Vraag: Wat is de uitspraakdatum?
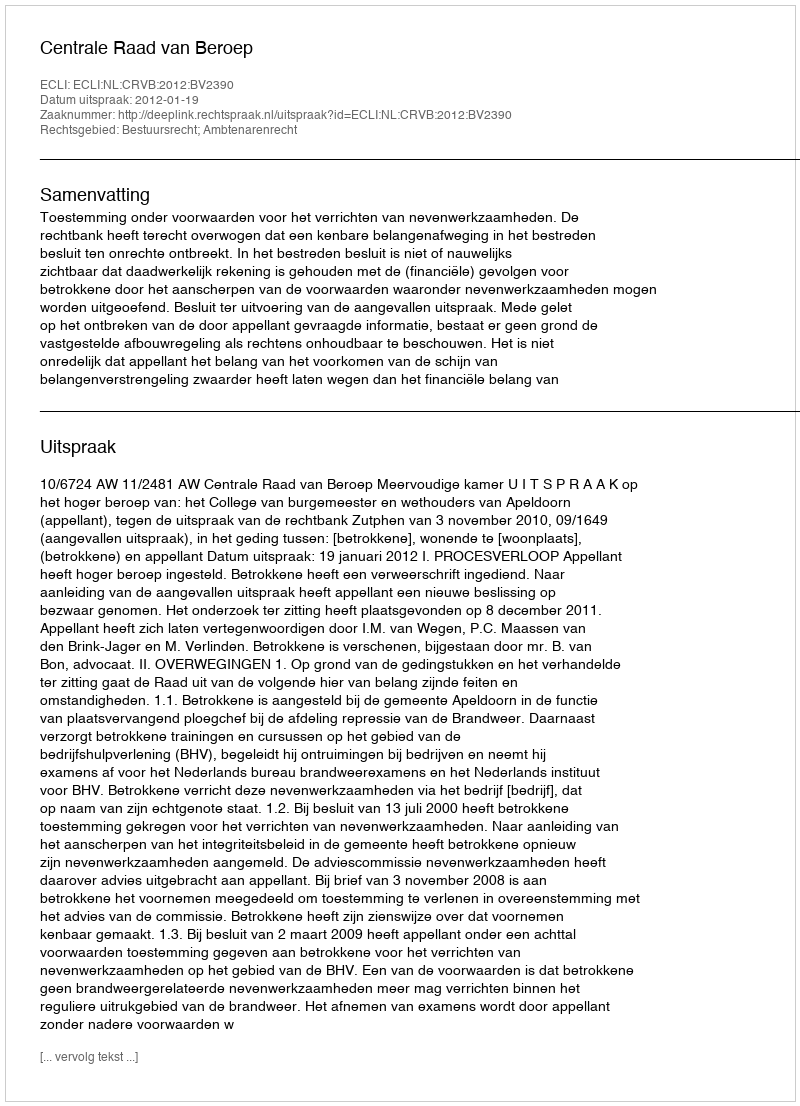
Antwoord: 2012-01-19